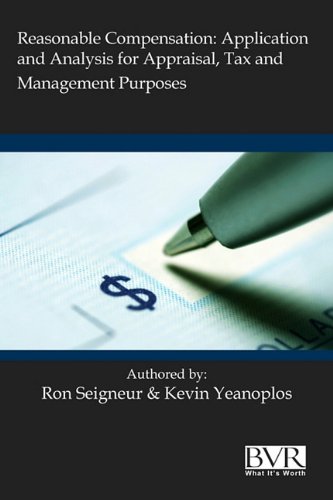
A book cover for Reasonable Compensation: Application and Analysis for Appraisal, Tax and Management Purposes; Ronald L. Seigneur; Business & Money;